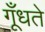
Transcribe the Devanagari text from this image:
गूँधते